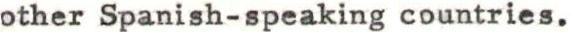
other Spanish-speaking countries.